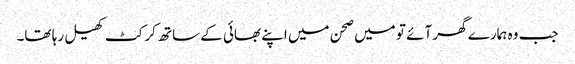
جب وہ ہمارے گھر آئے تو میں صحن میں اپنے بھائی کے ساتھ کرکٹ کھیل رہا تھا۔